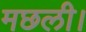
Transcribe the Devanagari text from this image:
मछली।